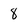
Character: 8